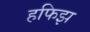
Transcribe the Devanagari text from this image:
हफिझ